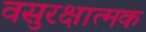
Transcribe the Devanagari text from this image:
वसुरक्षात्मक